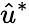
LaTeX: \hat{u}^{*}